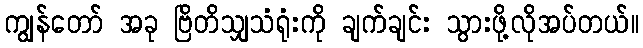
ကျွန်တော် အခု ဗြိတိသျှသံရုံးကို ချက်ချင်း သွားဖို့လိုအပ်တယ်။